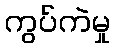
ကွပ်ကဲမှု